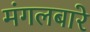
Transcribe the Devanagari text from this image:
मंगलबारे